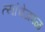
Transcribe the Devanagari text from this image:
त्यांचेजवळ